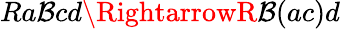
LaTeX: Ra\mathcal{B}cd\RightarrowR\mathcal{B}(ac)d